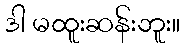
ဒါ မထူးဆန်းဘူး။